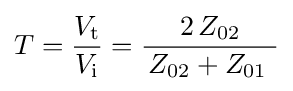
T={\frac {V_{\mathrm {t} }}{V_{\mathrm {i} }}}={\frac {2\,Z_{02}}{\,Z_{02}+Z_{01}\,\,}}